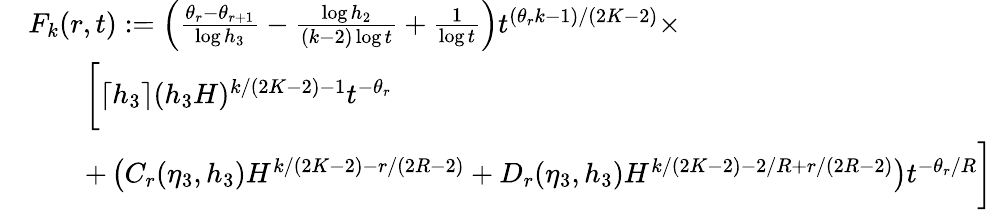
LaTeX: \begin{array}{rl}&{F_{k}(r,t):=\left(\frac{\theta_{r}-\theta_{r+1}}{\log h_{3}}-\frac{\log h_{2}}{(k-2)\log t}+\frac{1}{\log t}\right)t^{(\theta_{r}k-1)/(2K-2)}\times}\\ &{\qquad\bigg[\lceil h_{3}\rceil(h_{3}H)^{k/(2K-2)-1}t^{-\theta_{r}}}\\ &{\qquad+\left(C_{r}(\eta_{3},h_{3})H^{k/(2K-2)-r/(2R-2)}+D_{r}(\eta_{3},h_{3})H^{k/(2K-2)-2/R+r/(2R-2)}\right)t^{-\theta_{r}/R}\bigg]}\end{array}